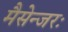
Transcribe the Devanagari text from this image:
मैसेन्जरः